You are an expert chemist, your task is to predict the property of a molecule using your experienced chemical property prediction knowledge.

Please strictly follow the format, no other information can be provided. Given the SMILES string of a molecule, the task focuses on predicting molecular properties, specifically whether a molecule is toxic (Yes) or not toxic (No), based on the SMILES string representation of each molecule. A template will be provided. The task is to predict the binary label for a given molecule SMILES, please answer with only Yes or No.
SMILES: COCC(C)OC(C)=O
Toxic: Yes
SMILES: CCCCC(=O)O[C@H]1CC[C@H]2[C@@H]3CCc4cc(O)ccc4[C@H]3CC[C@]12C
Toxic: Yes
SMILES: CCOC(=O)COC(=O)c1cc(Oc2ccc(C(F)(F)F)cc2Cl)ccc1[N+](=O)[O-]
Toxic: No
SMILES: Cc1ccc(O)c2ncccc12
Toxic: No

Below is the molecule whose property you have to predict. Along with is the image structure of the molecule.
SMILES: CCCCCCCCSCC
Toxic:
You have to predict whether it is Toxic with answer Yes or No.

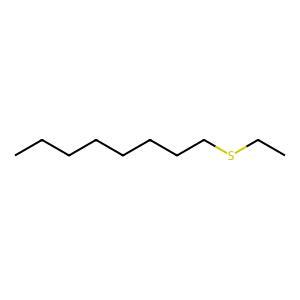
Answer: No